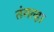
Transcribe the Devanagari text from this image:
तंगल्हा